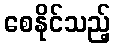
စေနိုင်သည့်